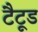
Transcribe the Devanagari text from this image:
टैटूड